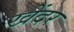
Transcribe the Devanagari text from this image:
खेंदर